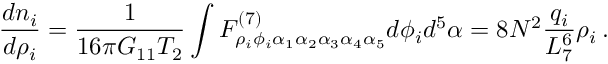
\frac { d n _ { i } } { d \rho _ { i } } = \frac { 1 } { 1 6 \pi G _ { 1 1 } T _ { 2 } } \int F _ { \rho _ { i } \phi _ { i } \alpha _ { 1 } \alpha _ { 2 } \alpha _ { 3 } \alpha _ { 4 } \alpha _ { 5 } } ^ { ( 7 ) } d \phi _ { i } d ^ { 5 } \alpha = 8 N ^ { 2 } \frac { q _ { i } } { L _ { 7 } ^ { 6 } } \rho _ { i } \, .